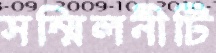
সম্মিলনীটি